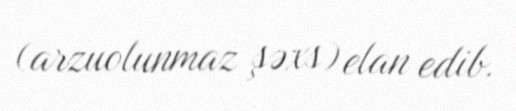
(arzuolunmaz şəxs) elan edib.